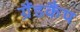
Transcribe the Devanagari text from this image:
ग्रैंडकैंप